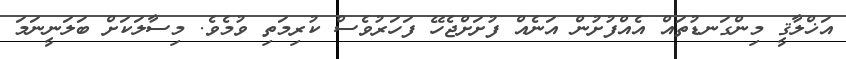
އަޚްލާޤީ މިންގަނޑުތައް އެއްފުށުން އަނެއް ފުށަށްޖެހޭ ފަހަރުވެސް ކުރިމަތި ވުމެވެ. މިސާލަކަށް ބަލަނީނަމަ